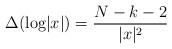
LaTeX: \begin{align*}\Delta (\textrm{log} |x|)= \displaystyle\frac{N-k-2}{|x|^2}\end{align*}